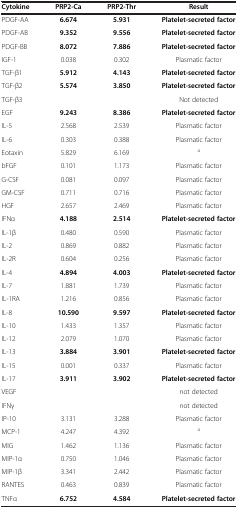
<table><thead><tr><td><b>Cytokine</b></td><td><b>PRP2-Ca</b></td><td><b>PRP2-Thr</b></td><td><b>Result</b></td></tr></thead><tbody><tr><td>PDGF-AA</td><td><b>6.674</b></td><td><b>5.931</b></td><td><b>Platelet-secreted factor</b></td></tr><tr><td>PDGF-AB</td><td><b>9.352</b></td><td><b>9.556</b></td><td><b>Platelet-secreted factor</b></td></tr><tr><td>PDGF-BB</td><td><b>8.072</b></td><td><b>7.886</b></td><td><b>Platelet-secreted factor</b></td></tr><tr><td>IGF-1</td><td>0.038</td><td>0.302</td><td>Plasmatic factor</td></tr><tr><td>TGF-β1</td><td><b>5.912</b></td><td><b>4.143</b></td><td><b>Platelet-secreted factor</b></td></tr><tr><td>TGF-β2</td><td><b>5.574</b></td><td><b>3.850</b></td><td><b>Platelet-secreted factor</b></td></tr><tr><td>TGF-β3</td><td> </td><td> </td><td>Not detected</td></tr><tr><td>EGF</td><td><b>9.243</b></td><td><b>8.386</b></td><td><b>Platelet-secreted factor</b></td></tr><tr><td>IL-5</td><td>2.568</td><td>2.539</td><td>Plasmatic factor</td></tr><tr><td>IL-6</td><td>0.303</td><td>0.388</td><td>Plasmatic factor</td></tr><tr><td>Eotaxin</td><td>5.829</td><td>6.169</td><td><sup>a</sup></td></tr><tr><td>bFGF</td><td>0.101</td><td>1.173</td><td>Plasmatic factor</td></tr><tr><td>G-CSF</td><td>0.081</td><td>0.097</td><td>Plasmatic factor</td></tr><tr><td>GM-CSF</td><td>0.711</td><td>0.716</td><td>Plasmatic factor</td></tr><tr><td>HGF</td><td>2.657</td><td>2.469</td><td>Plasmatic factor</td></tr><tr><td>IFNα</td><td><b>4.188</b></td><td><b>2.514</b></td><td><b>Platelet-secreted factor</b></td></tr><tr><td>IL-1β</td><td>0.480</td><td>0.590</td><td>Plasmatic factor</td></tr><tr><td>IL-2</td><td>0.869</td><td>0.882</td><td>Plasmatic factor</td></tr><tr><td>IL-2R</td><td>0.604</td><td>0.256</td><td>Plasmatic factor</td></tr><tr><td>IL-4</td><td><b>4.894</b></td><td><b>4.003</b></td><td><b>Platelet-secreted factor</b></td></tr><tr><td>IL-7</td><td>1.881</td><td>1.739</td><td>Plasmatic factor</td></tr><tr><td>IL-1RA</td><td>1.216</td><td>0.856</td><td>Plasmatic factor</td></tr><tr><td>IL-8</td><td><b>10.590</b></td><td><b>9.597</b></td><td><b>Platelet-secreted factor</b></td></tr><tr><td>IL-10</td><td>1.433</td><td>1.357</td><td>Plasmatic factor</td></tr><tr><td>IL-12</td><td>2.079</td><td>1.070</td><td>Plasmatic factor</td></tr><tr><td>IL-13</td><td><b>3.884</b></td><td><b>3.901</b></td><td><b>Platelet-secreted factor</b></td></tr><tr><td>IL-15</td><td>0.001</td><td>0.337</td><td>Plasmatic factor</td></tr><tr><td>IL-17</td><td><b>3.911</b></td><td><b>3.902</b></td><td><b>Platelet-secreted factor</b></td></tr><tr><td>VEGF</td><td> </td><td> </td><td>not detected</td></tr><tr><td>IFNγ</td><td> </td><td> </td><td>not detected</td></tr><tr><td>IP-10</td><td>3.131</td><td>3.288</td><td>Plasmatic factor</td></tr><tr><td>MCP-1</td><td>4.247</td><td>4.392</td><td><sup>a</sup></td></tr><tr><td>MIG</td><td>1.462</td><td>1.136</td><td>Plasmatic factor</td></tr><tr><td>MIP-1α</td><td>0.750</td><td>1.046</td><td>Plasmatic factor</td></tr><tr><td>MIP-1β</td><td>3.341</td><td>2.442</td><td>Plasmatic factor</td></tr><tr><td>RANTES</td><td>0.463</td><td>0.839</td><td>Plasmatic factor</td></tr><tr><td>TNFα</td><td><b>6.752</b></td><td><b>4.584</b></td><td><b>Platelet-secreted factor</b></td></tr></tbody></table>